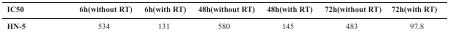
<table><thead><tr><td><b>IC50</b></td><td><b>6h (without RT) </b></td><td><b>6h (with RT)</b></td><td><b>48h (without RT)</b></td><td><b>48h (with RT)</b></td><td><b>72h (without RT)</b></td><td><b>72h (with RT)</b></td></tr></thead><tbody><tr><td>HN-5</td><td>534</td><td>131</td><td>580</td><td>145</td><td>483</td><td>97.8</td></tr></tbody></table>